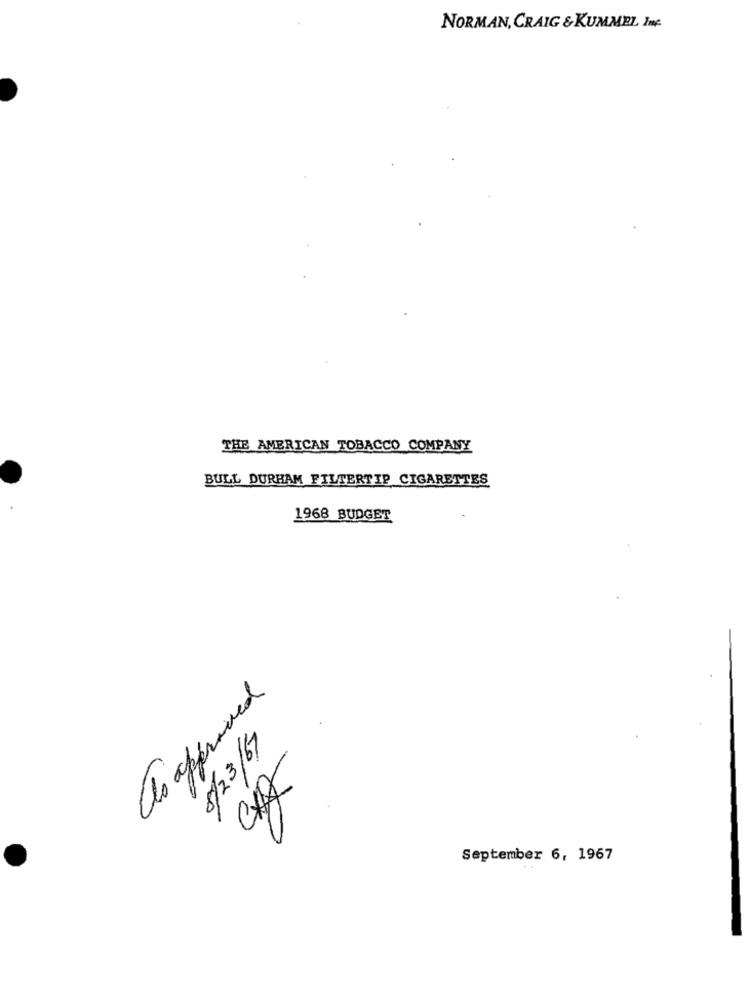
NORMAN, CRAIG &KUMMEL Ime.
THE AMERICAN TOBACCO COMPANY
BULL DURHAM FILTERTIP CIGARETTES
1968 BUDGET
as approved
5/23/67
September 6, 1967